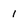
Character: 1